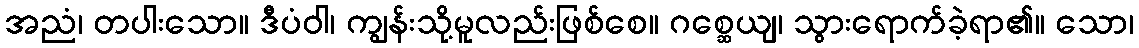
အညံ၊ တပါးသော။ ဒီပံဝါ၊ ကျွန်းသို့မူလည်းဖြစ်စေ။ ဂစ္ဆေယျ၊ သွားရောက်ခဲ့ရာ၏။ သော၊